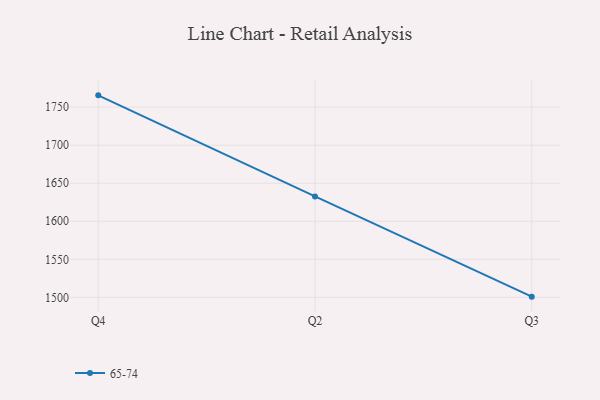
{"axis": {"x": "Quarter", "y": "Population (Million)"}, "legend": ["65-74"], "data": [{"x": "Q4", "y": 1765.5, "type": "65-74"}, {"x": "Q2", "y": 1632.6, "type": "65-74"}, {"x": "Q3", "y": 1500.9, "type": "65-74"}]}